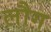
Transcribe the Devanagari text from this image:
लौग